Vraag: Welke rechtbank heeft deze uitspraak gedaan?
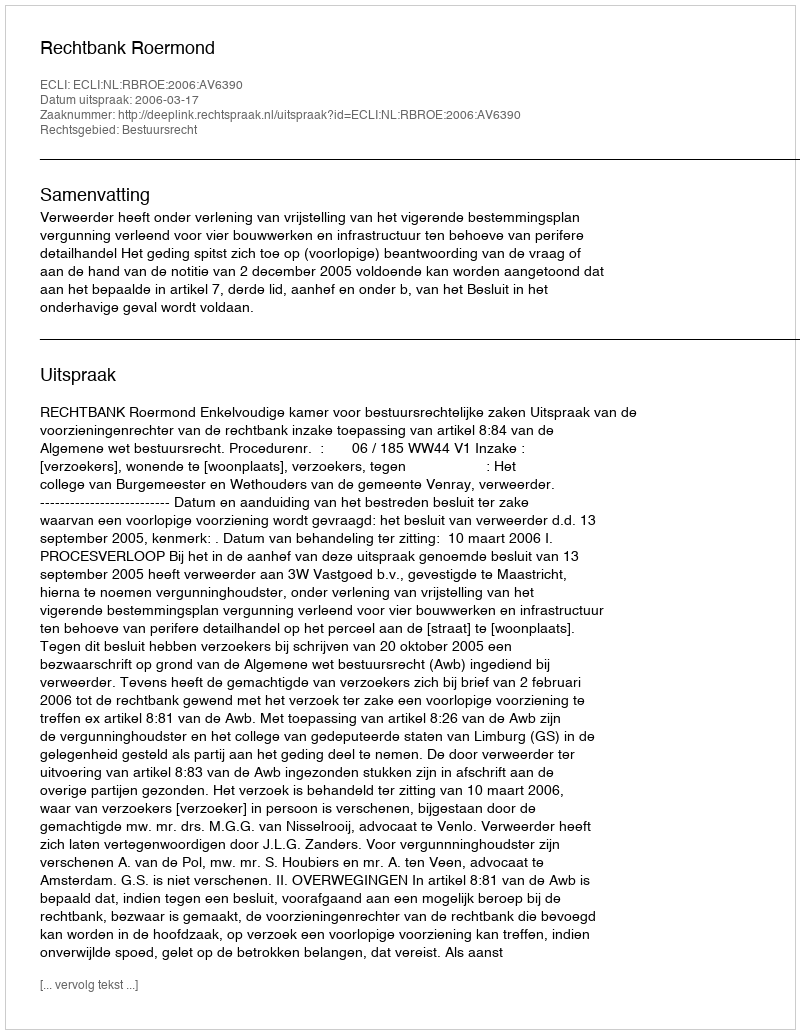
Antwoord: Rechtbank Roermond